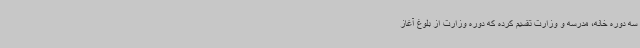
سه دوره خانه، مدرسه و وزارت تقسیم کرده که دوره وزارت از بلوغ آغاز